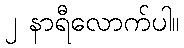
၂ နာရီလောက်ပါ။